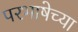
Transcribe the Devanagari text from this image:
परभाषेच्या